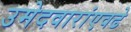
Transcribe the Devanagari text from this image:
उमेदवारांएवढे